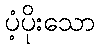
ပံ့ပိုးသော